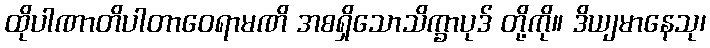
ထိုပါဏာတိပါတာဝေရာမဏိ အစရှိသောသိက္ခာပုဒ် တို့ကို။ ဒိယျမာနေသု၊